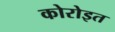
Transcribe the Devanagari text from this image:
कोरोइत